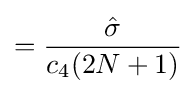
={\frac {\hat {\sigma }}{c_{4}(2N+1)}}